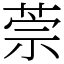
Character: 萗